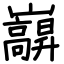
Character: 巐